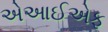
એઆઈએફ